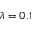
\lambda = 0 . 1